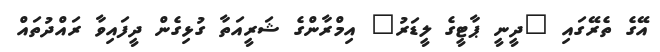
އޭގެ ތެރޭގައި "ދީނީ ޕާޓީގެ ލީޑަރު" އިމްރާންގެ ޝަރީއަތާ ގުޅިގެން ދީފައިވާ ރައްދުތައް